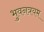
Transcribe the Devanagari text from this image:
भुवनत्रयम